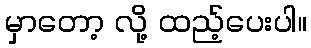
မှာတော့ လို့ ထည့်ပေးပါ။